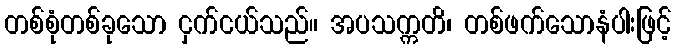
တစ်စုံတစ်ခုသော ငှက်ငယ်သည်။ အပသက္ကတိ၊ တစ်ဖက်သောနံပါးဖြင့်